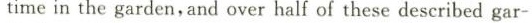
time in the garden,and over half of these described gar-